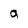
Character: a